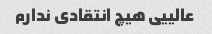
عالییی هیچ انتقادی ندارم